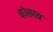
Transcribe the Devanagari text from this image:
कोष्ठमय